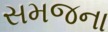
સમજના